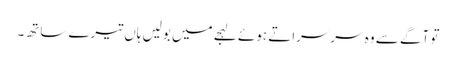
تو آگے سے وہ سرسراتے ہوئے لہجے میں بولیں ہاں تیرے ساتھ۔